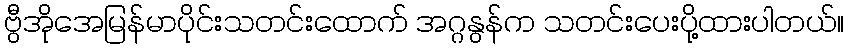
ဗွီအိုအေမြန်မာပိုင်းသတင်းထောက် အဂ္ဂနွန်က သတင်းပေးပို့ထားပါတယ်။